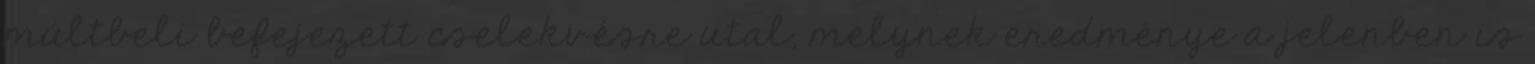
múltbeli befejezett cselekvésre utal, melynek eredménye a jelenben is